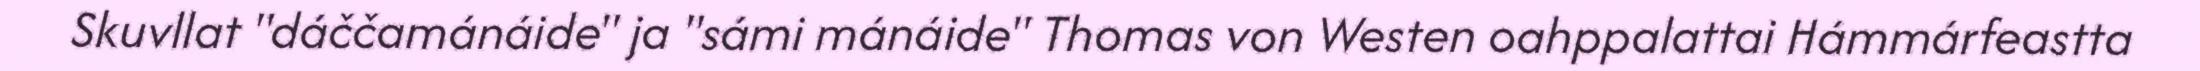
Skuvllat "dáččamánáide" ja "sámi mánáide" Thomas von Westen oahppalattai Hámmárfeastta